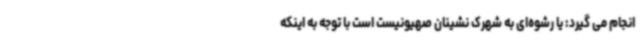
انجام می گیرد: یا رشوه‌ای به شهرک نشینان صهیونیست است با توجه به اینکه